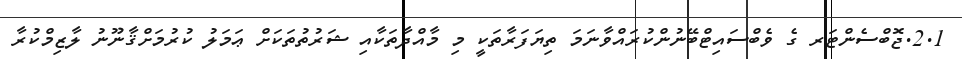
2.1.ޖޮބްސެންޓަރ ގެ ވެބްސައިޓްބޭނުންކުރައްވާނަމަ ތިޔަފަރާތަކީ މި މާއްދާތަކާއި ޝަރުތުތަކަށް ޢަމަލު ކުރުމަށްޤާނޫނު ލާޒިމްކުރާ